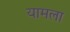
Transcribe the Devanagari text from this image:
यामला